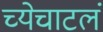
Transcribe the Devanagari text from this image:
च्येचाटलं